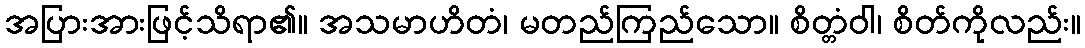
အပြားအားဖြင့်သိရာ၏။ အသမာဟိတံ၊ မတည်ကြည်သော။ စိတ္တံဝါ၊ စိတ်ကိုလည်း။